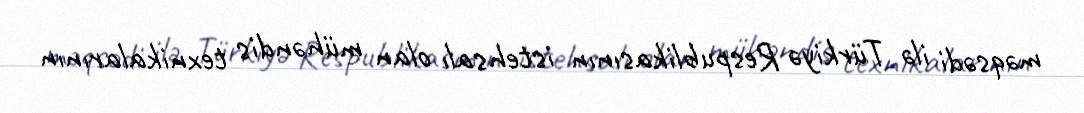
məqsədi ilə Türkiyə Respublikasının istehsalı olan mühəndis texnikalarının